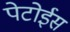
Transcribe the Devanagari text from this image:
पेटोईस